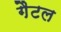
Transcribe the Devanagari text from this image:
गैटल